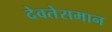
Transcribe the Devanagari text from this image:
देवतेसमान